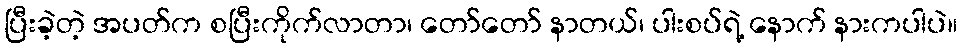
ပြီးခဲ့တဲ့ အပတ်က စပြီးကိုက်လာတာ၊ တော်တော် နာတယ်၊ ပါးစပ်ရဲ့ နောက် နားကပါပဲ။